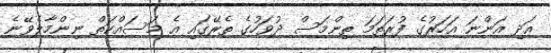
އަދި އަންނަ އަަހަރުގެ ފުރަތަމަ ތިންމަސް ދުވަހުގެ ތެރޭގައި އެ މަސައްކަތް ނިންމާލެވޭނެ